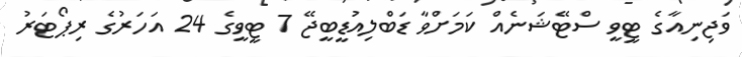
ވަޖިނިއާގެ ޓީވީ ސްޓޭޝަނެއް ކަމަށްވާ ޑަބްލިއުޑީބީޖޭ 7 ޓީވީގެ 24 އަހަރުގެ ރިޕޯޓަރު